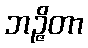
ဘဉ္ဇိတာ